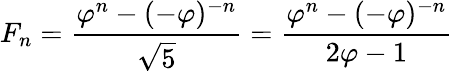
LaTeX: F_{n}={\frac{\varphi^{n}-(-\varphi)^{-n}}{\sqrt{5}}}={\frac{\varphi^{n}-(-\varphi)^{-n}}{2\varphi-1}}